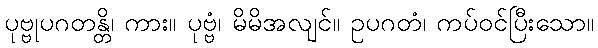
ပုဗ္ဗုပဂတန္တိ၊ ကား။ ပုဗ္ဗံ၊ မိမိအလျင်။ ဥပဂတံ၊ ကပ်ဝင်ပြီးသော။